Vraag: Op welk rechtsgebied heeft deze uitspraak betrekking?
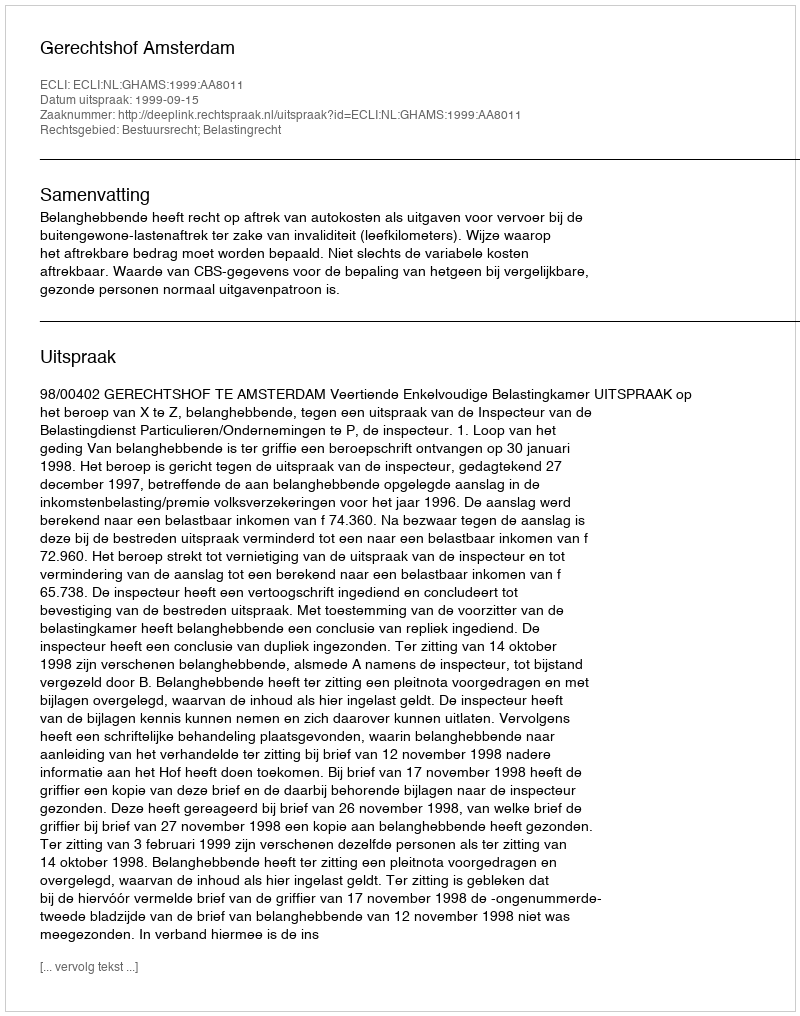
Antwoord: Bestuursrecht; Belastingrecht